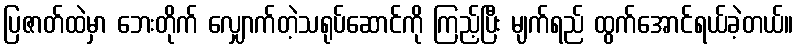
ပြဇာတ်ထဲမှာ ဘေးတိုက် လျှောက်တဲ့သရုပ်ဆောင်ကို ကြည့်ပြီး မျက်ရည် ထွက်အောင်ရယ်ခဲ့တယ်။